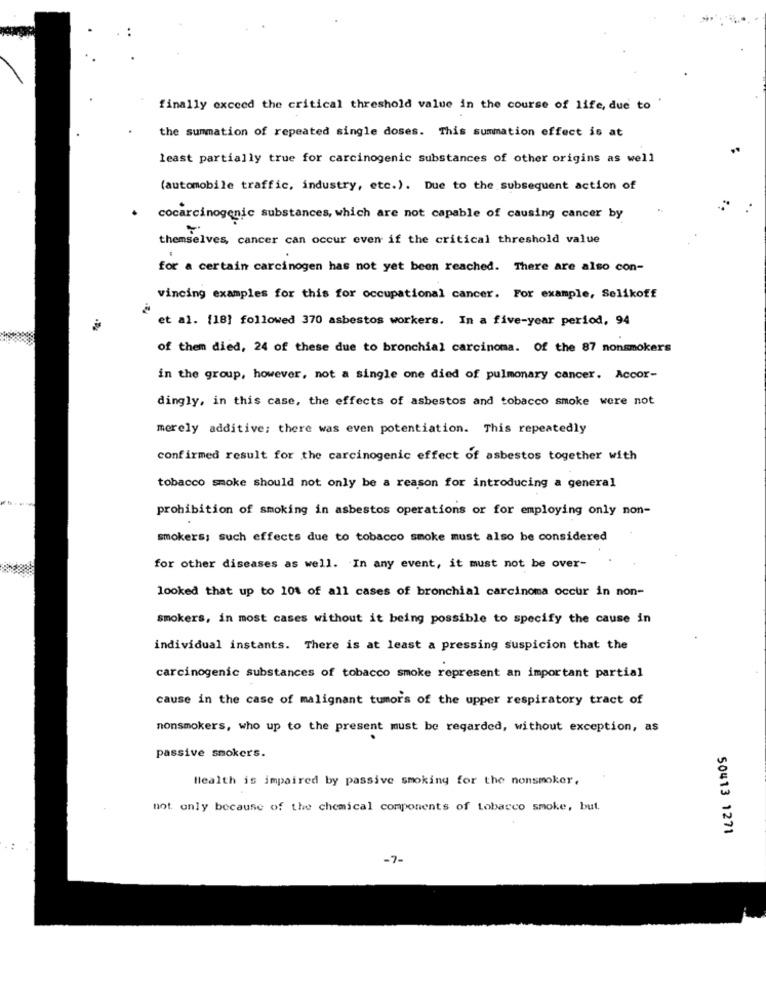
finally exceed the critical threshold value in the course of life, due to
the summation of repeated single doses. This summation effect is at
least partially true for carcinogenic substances of other origins as well
(automobile traffic, industry, etc.). Due to the subsequent action of
cocarcinogenic substances, which are not capable of causing cancer by
themselves, cancer can occur even if the critical threshold value
for a certain carcinogen has not yet been reached. There are also con-
vincing examples for this for occupational cancer. For example, Selikoff
et al. [18] followed 370 asbestos workers. In a five-year period, 94
of them died, 24 of these due to bronchial carcinoma. Of the 87 nonsmokers
in the group, however, not a single one died of pulmonary cancer. Accor-
dingly, in this case, the effects of asbestos and tobacco smoke were not
merely additive; there was even potentiation. This repeatedly
confirmed result for the carcinogenic effect of asbestos together with
tobacco smoke should not only be a reason for introducing a general
prohibition of smoking in asbestos operations or for employing only non-
smokers; such effects due to tobacco smoke must also be considered
for other diseases as well. In any event, it must not be over-
looked that up to 101 of all cases of bronchial carcinoma occur in non-
smokers, in most cases without it being possible to specify the cause in
individual instants. There is at least a pressing suspicion that the
carcinogenic substances of tobacco smoke represent an important partial
cause in the case of malignant tumors of the upper respiratory tract of
nonsmokers, who up to the present must be regarded, without exception, as
passive smokers.
Health is impaired by passive smoking for the nonsmoker,
not only because of the chemical components of tobacco smoke, but.
50413 1271
-7-